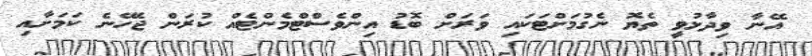
އޭނާ ވިދާޅުވީ ތެޔޮ ނެގުމަށްޓަކައި ވަރަށް ބޮޑު އިންވެސްޓްމެންޓެއް ކުރަން ޖެހޭނެ ކަމަށާއި